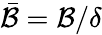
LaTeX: \bar{\mathcal{B}}=\mathcal{B}/\delta